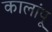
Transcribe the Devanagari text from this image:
कालांपू